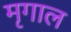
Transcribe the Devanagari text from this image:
मृगाल